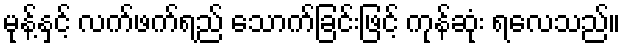
မုန့်နှင့် လက်ဖက်ရည် သောက်ခြင်းဖြင့် ကုန်ဆုံး ရလေသည်။